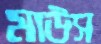
মাউস